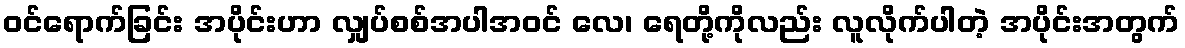
ဝင်ရောက်ခြင်း အပိုင်းဟာ လျှပ်စစ်အပါအဝင် လေ၊ ရေတို့ကိုလည်း လူလိုက်ပါတဲ့ အပိုင်းအတွက်